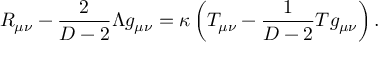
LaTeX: R _ { \mu \nu } - { \frac { 2 } { D - 2 } } \Lambda g _ { \mu \nu } = \kappa \left( T _ { \mu \nu } - { \frac { 1 } { D - 2 } } T g _ { \mu \nu } \right) .